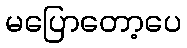
မပြောတော့ပေ